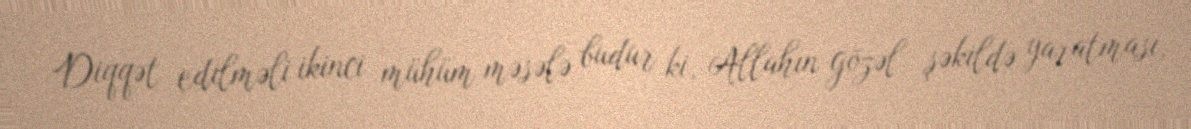
Diqqət edilməli ikinci mühüm məsələ budur ki, Allahın gözəl şəkildə yaratması,